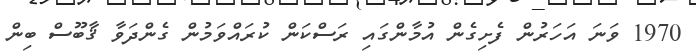
1970 ވަނަ އަހަރުން ފެށިގެން އުމާންގައި ރަސްކަން ކުރައްވަމުން ގެންދަވާ ޤާބޫސް ބިން